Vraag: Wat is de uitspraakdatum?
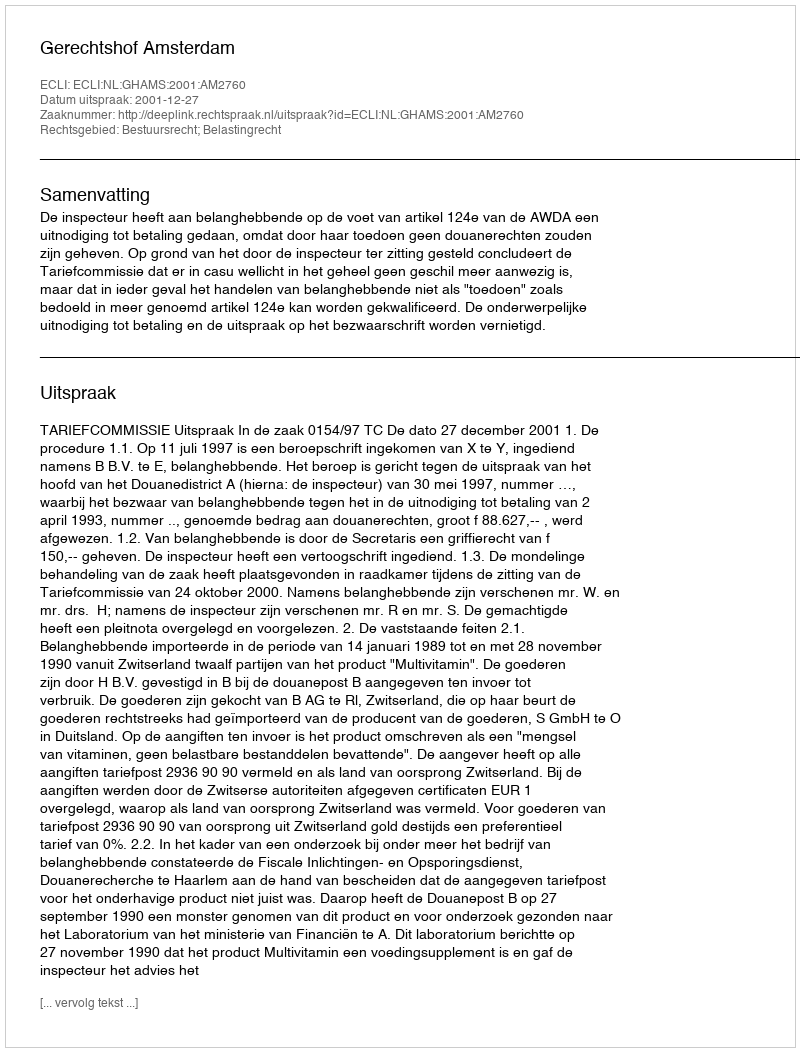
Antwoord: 2001-12-27